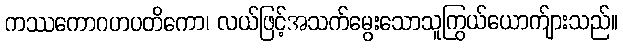
ကဿကောဂဟပတိကော၊ လယ်ဖြင့်အသက်မွေးသောသူကြွယ်ယောက်ျားသည်။